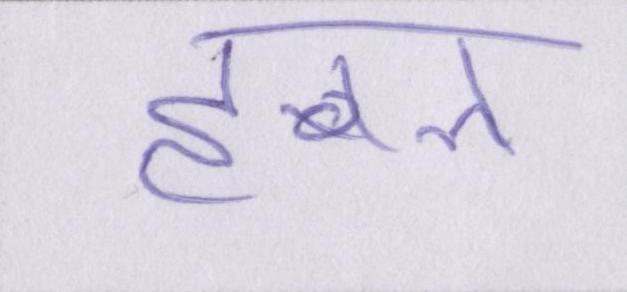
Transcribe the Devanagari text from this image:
हबल